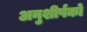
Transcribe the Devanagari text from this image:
अनुशीर्षकों